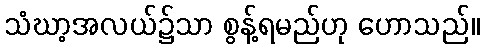
သံဃာ့အလယ်၌သာ စွန့်ရမည်ဟု ဟောသည်။